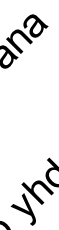
y a